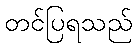
တင်ပြရသည်